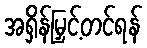
အရှိန်မြှင့်တင်ရန်